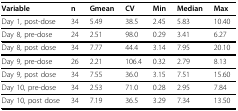
<table><thead><tr><td><b>Variable</b></td><td><b>n</b></td><td><b>Gmean</b></td><td><b>CV</b></td><td><b>Min</b></td><td><b>Median</b></td><td><b>Max</b></td></tr></thead><tbody><tr><td>Day 1, post-dose</td><td>34</td><td>5.49</td><td>38.5</td><td>2.45</td><td>5.83</td><td>10.40</td></tr><tr><td>Day 8, pre-dose</td><td>24</td><td>2.51</td><td>98.0</td><td>0.29</td><td>3.41</td><td>6.27</td></tr><tr><td>Day 8, post dose</td><td>34</td><td>7.77</td><td>44.4</td><td>3.14</td><td>7.95</td><td>20.10</td></tr><tr><td>Day 9, pre-dose</td><td>26</td><td>2.21</td><td>106.4</td><td>0.32</td><td>2.79</td><td>8.13</td></tr><tr><td>Day 9, post dose</td><td>34</td><td>7.55</td><td>36.0</td><td>3.15</td><td>7.51</td><td>15.60</td></tr><tr><td>Day 10, pre-dose</td><td>34</td><td>2.53</td><td>71.0</td><td>0.28</td><td>2.95</td><td>7.84</td></tr><tr><td>Day 10, post dose</td><td>34</td><td>7.19</td><td>36.5</td><td>3.29</td><td>7.34</td><td>13.50</td></tr></tbody></table>